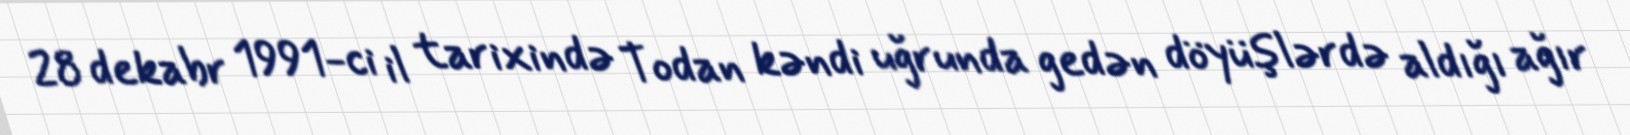
28 dekabr 1991-ci il tarixində Todan kəndi uğrunda gedən döyüşlərdə aldığı ağır